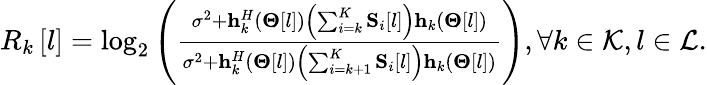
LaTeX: \begin{array}{r}{{R_{k}}\left[l\right]={\log_{2}}\left({\frac{{{\sigma^{2}}+{\mathbf{h}}_{k}^{H}\left({{\mathbf{\Theta}}\left[l\right]}\right)\left({\sum_{i=k}^{K}{{{\mathbf{S}}_{i}}\left[l\right]}}\right){{\mathbf{h}}_{k}}\left({{\mathbf{\Theta}}\left[l\right]}\right)}}{{{\sigma^{2}}+{\mathbf{h}}_{k}^{H}\left({{\mathbf{\Theta}}\left[l\right]}\right)\left({\sum_{i=k+1}^{K}{{{\mathbf{S}}_{i}}\left[l\right]}}\right){{\mathbf{h}}_{k}}\left({{\mathbf{\Theta}}\left[l\right]}\right)}}}\right),\forall k\in{\cal K},l\in{\cal L}.}\end{array}